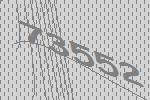
73552